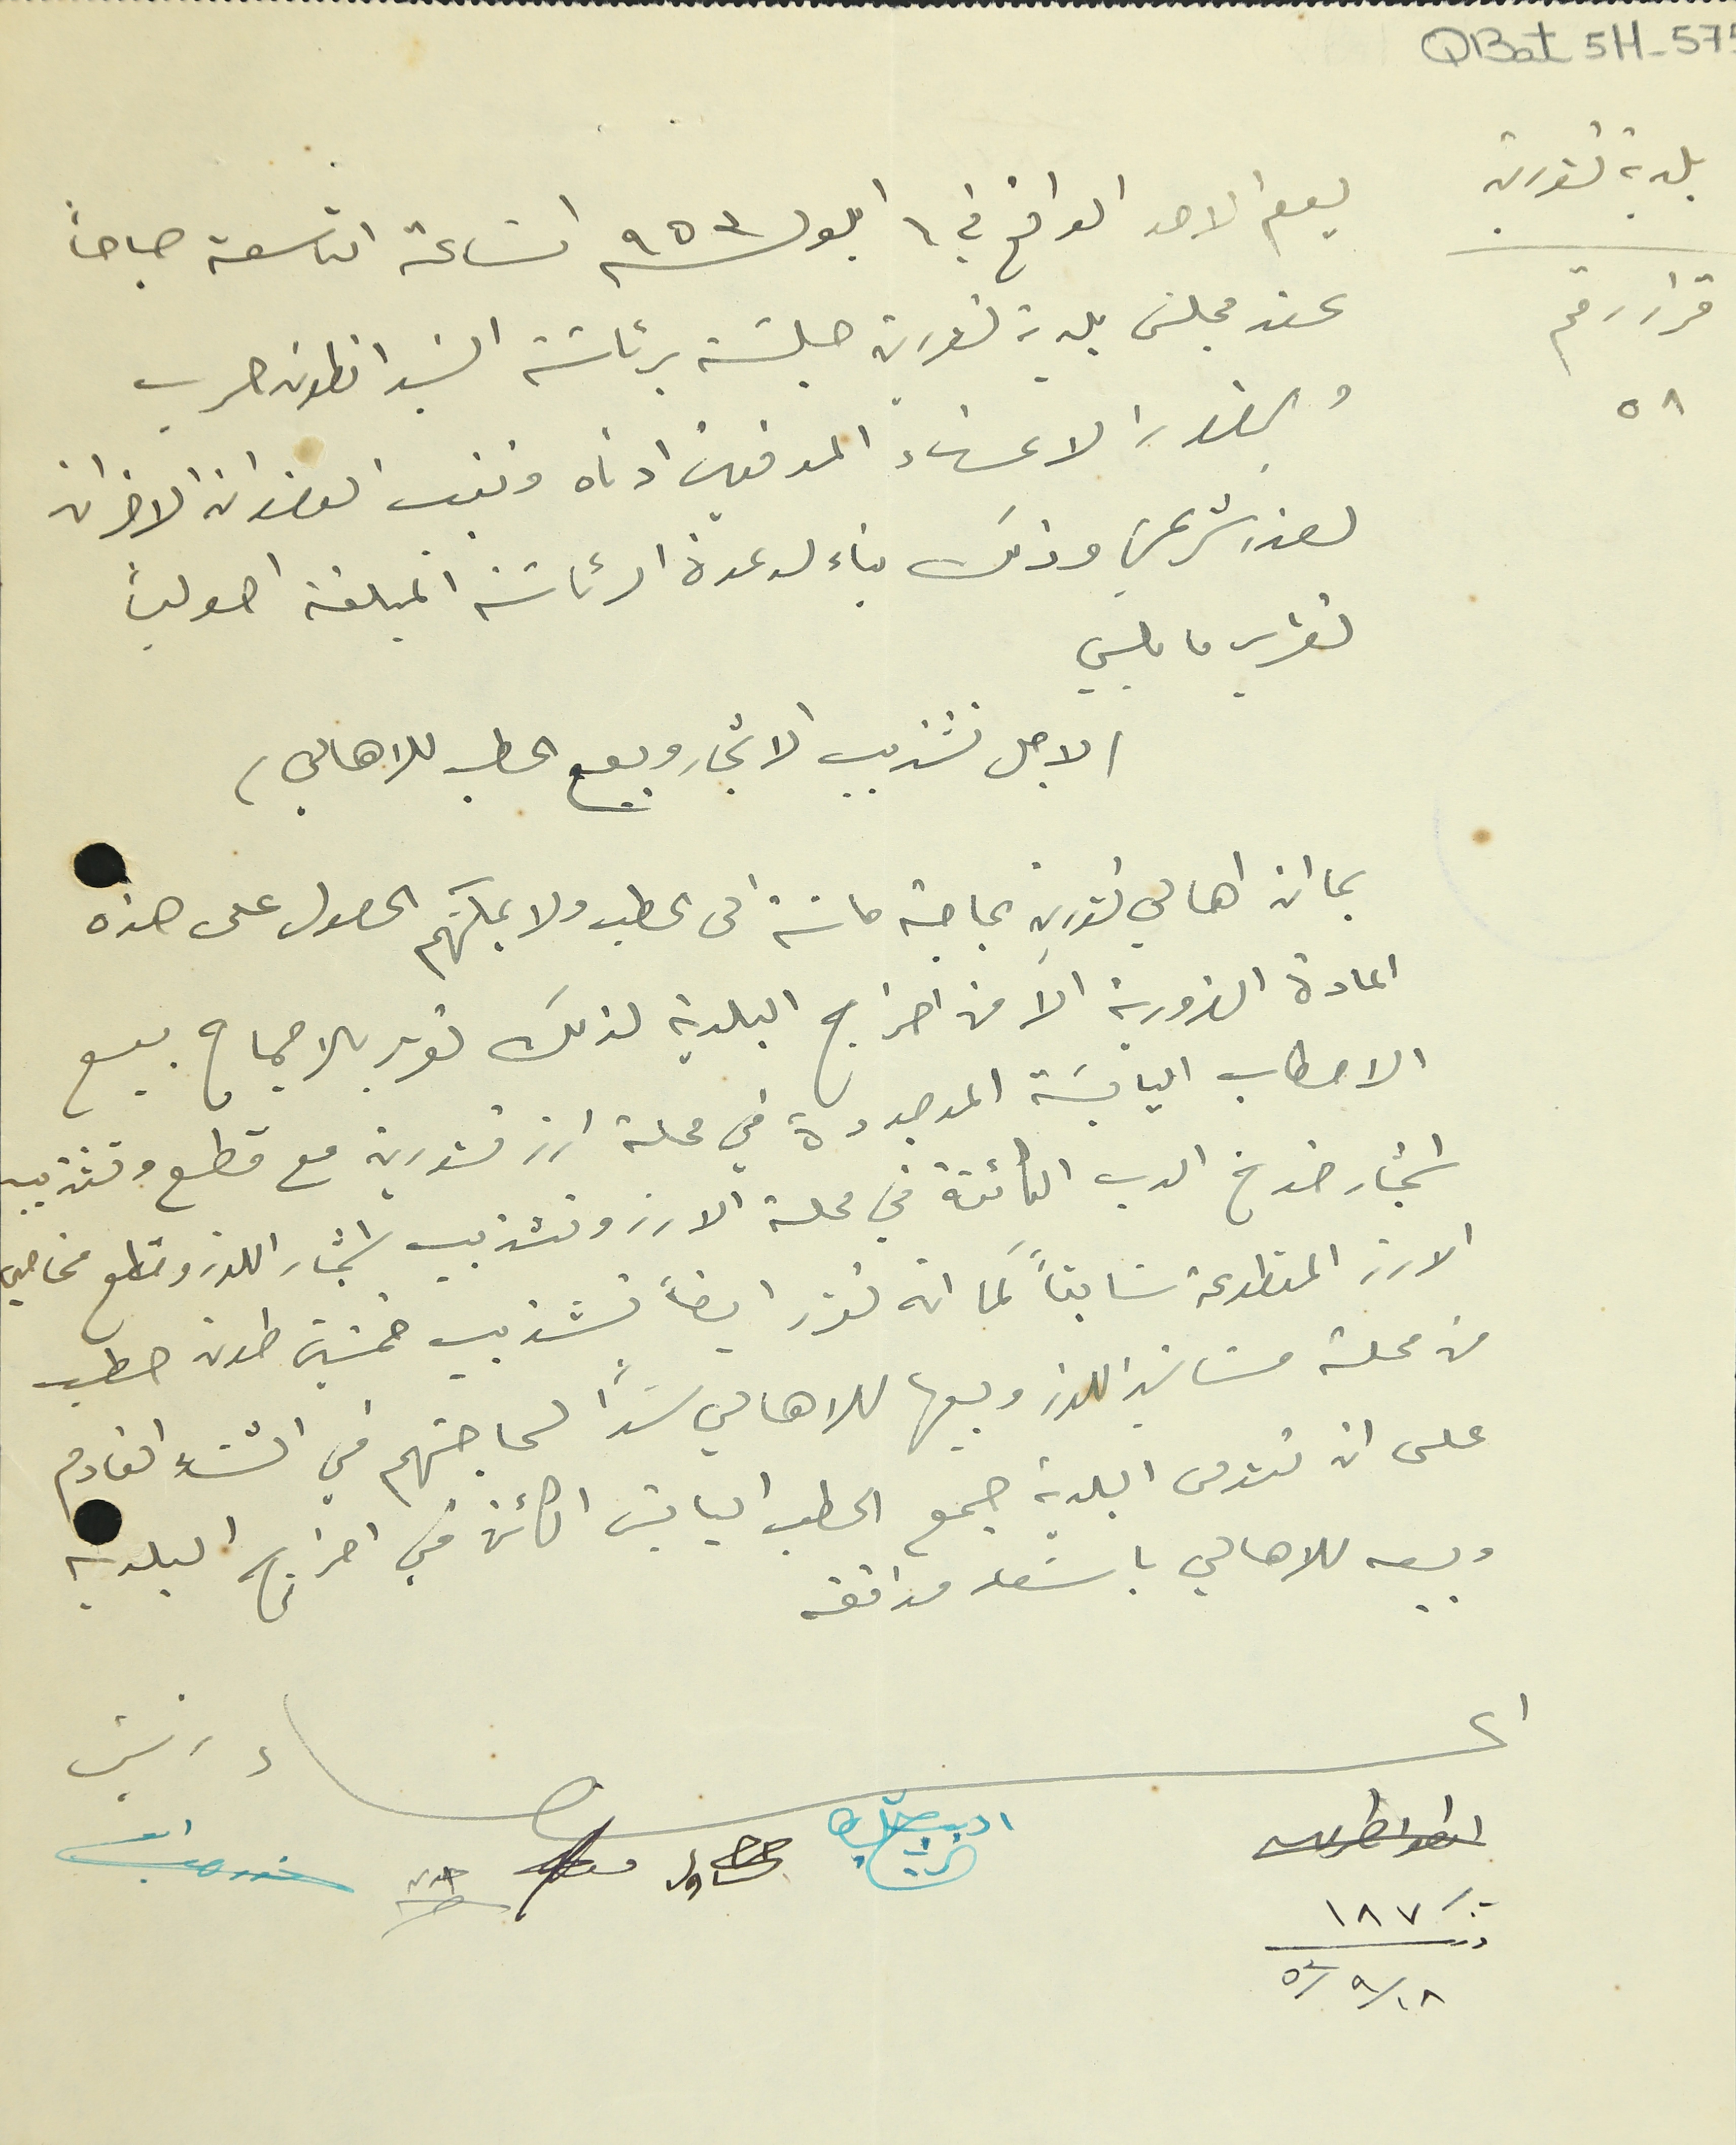
QBat 5H-57
بلدية تنورين
قرار رقم ٥٨
يوم الاحد الواقع في ٦ ايلول سنة ٩٥٣ السَاعة التاسعة صباحاً
عقد مجلسَ بلدية تنورين جلسَة برئاسَة السَيد انطون حرب
وبحضور الاعضاء الموقعين ادناه وتغيب العضوان الاخران
لعذر شرعي وذلك بناء لدعوة الرئاسَة المبلغة اصولياَ
لتقرير ما يلي
(لاجل تشذيب الاشجار وبيع الحطب للاهالي)
بما ان اهالي تنورين بحاجة ماسَة الى الحطب ولا يمكنهم الحصول على هذه
المادة الضرورية الا من احراج البلدية لذلك تقرر بالاجماع بيع
الاحطاب اليابسَة الموجودة في محلة ارز تنورين مع قطع وتشذيب
اشجار خوخ الدب الكائنة في محلة الارز وتشذيب اشجار اللوز وقطع مخاصي
الارز المقطوعة سَابقاً كما انه تقرر ايضاً تشذيب خمسين طون حطب
من محلة مشاتي اللوز وبيعها للاهالي سَداً لحاجتهم في الشتاء القادم
على ان تؤمن البلدية جمع الحطب اليابسَ الكائن في احراج البلديه
وبيعه للاهالي باسَعار موافقه
اعضاء انطوان طربيه            شليطا الزين          حنا شاول منصور ضو                   حداد                                رئيس انطون حرب
١٨٧ وذلك ٥٣/٩/١٨